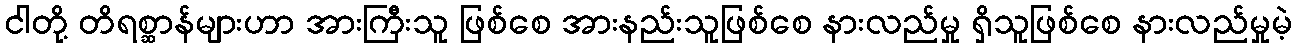
ငါတို့ တိရစ္ဆာန်များဟာ အားကြီးသူ ဖြစ်စေ အားနည်းသူဖြစ်စေ နားလည်မှု ရှိသူဖြစ်စေ နားလည်မှုမဲ့